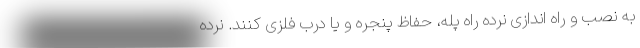
به نصب و راه اندازی نرده راه پله، حفاظ پنجره و یا درب فلزی کنند. نرده